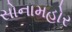
સોનામહોર